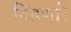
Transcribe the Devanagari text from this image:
हिंडणारे